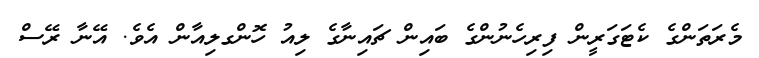
މެރަތަންގެ ކެޓަގަރީން ފިރިހެނުންގެ ބައިން ޗައިނާގެ ލިއު ހޮންގލިއާން އެވެ. އޭނާ ރޭސް